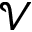
\mathcal { V }